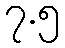
၇.၅